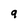
Character: 9